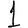
Digit: 1